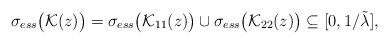
\begin{align*} \sigma_{ess} \bigl( \mathcal{K}(z) \bigr) = \sigma_{ess} \bigl( \mathcal{K}_{11}(z) \bigr) \cup \sigma_{ess} \bigl( \mathcal{K}_{22}(z) \bigr)\subseteq [0, 1/{\tilde \lambda}] , \end{align*}